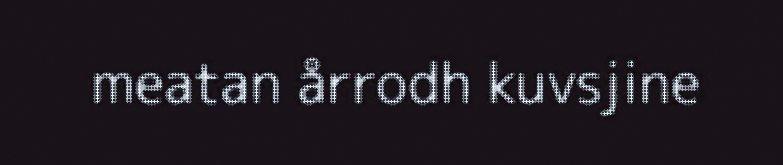
meatan årrodh kuvsjine